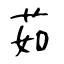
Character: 茹